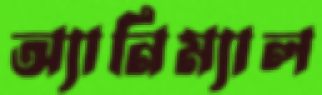
অ্যানিম্যাল